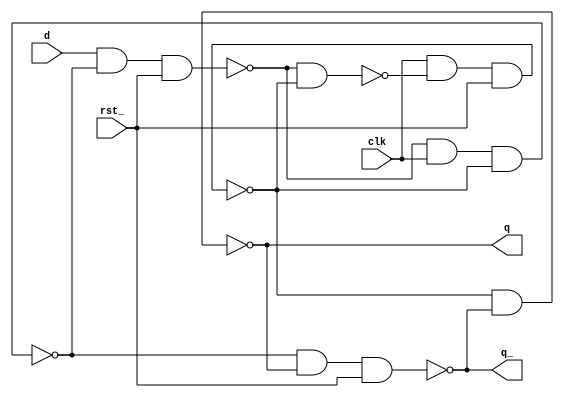
// D Flipflop

`timescale 1ns/1ns
`celldefine

module dffr(q,q_,d,clk,rst_);
output q;
output q_;
input d;
input clk;
input rst_;

nand n1 (de,dl,qe);
nand n2 (qe,clk,de,rst_);
nand n3 (dl,d,dl_,rst_);
nand n4 (dl_,dl,clk,qe);
nand n5 (q,qe,q_);
nand n6 (q_,dl_,q,rst_);
endmodule
`endcelldefine